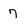
Character: 7